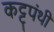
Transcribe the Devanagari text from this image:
कट्टपंथी